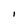
Character: I